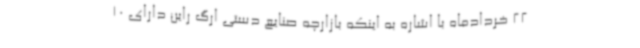
22 خردادماه با اشاره به اینکه بازارچه صنایع دستی ارگ راین دارای 10